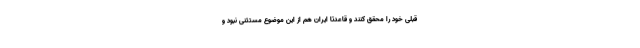
قبلی خود را محقق کنند و قاعدتا ایران هم از این موضوع مستثنی نبود و